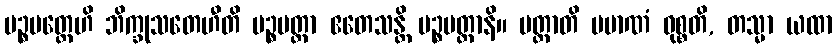
ပဉ္စမတ္တေဟိ ဘိက္ခုသတေဟီတိ ပဉ္စမတ္တာ ဧတေသန္တိ ပဉ္စမတ္တာနိ။ မတ္တာတိ ပမာဏံ ဝုစ္စတိ, တသ္မာ ယထာ